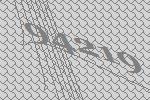
94219